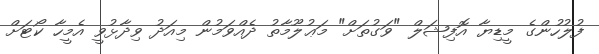
ފުލުހުންގެ މީޑިޔާ އޮފިޝަލް "ވަގުތަށް" މަޢުލޫމާތު ދެއްވަމުން މިއަދު ވިދާޅުވީ އެމީހާ ކޯޓަށް